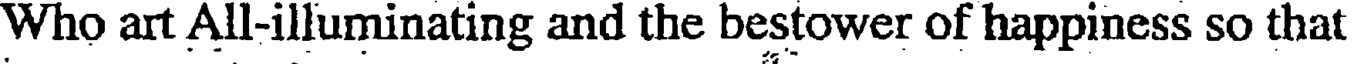
Who art All-illuminating and the bestower of happiness so that